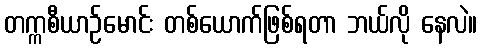
တက္ကစီယာဉ်မောင်း တစ်ယောက်ဖြစ်ရတာ ဘယ်လို နေလဲ။